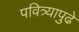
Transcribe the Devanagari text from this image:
पवित्र्यापुढे